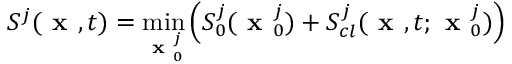
S ^ { j } ( \textbf { x } , t ) = \operatorname* { m i n } _ { \textbf { x } _ { 0 } ^ { j } } \left( S _ { 0 } ^ { j } ( \textbf { x } _ { 0 } ^ { j } ) + S _ { c l } ^ { j } ( \textbf { x } , t ; \textbf { x } _ { 0 } ^ { j } ) \right)